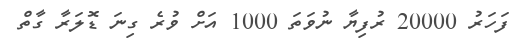
ފަހަރު 20000 ރުފިޔާ ނުވަތަ 1000 އަށް ވުރެ ގިނަ ޑޮލަރާ ގާތް